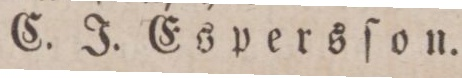
C. J. Espersſon.